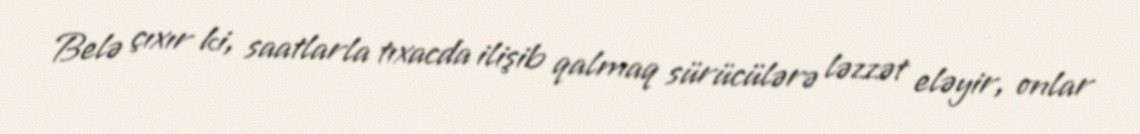
Belə çıxır ki, saatlarla tıxacda ilişib qalmaq sürücülərə ləzzət eləyir, onlar